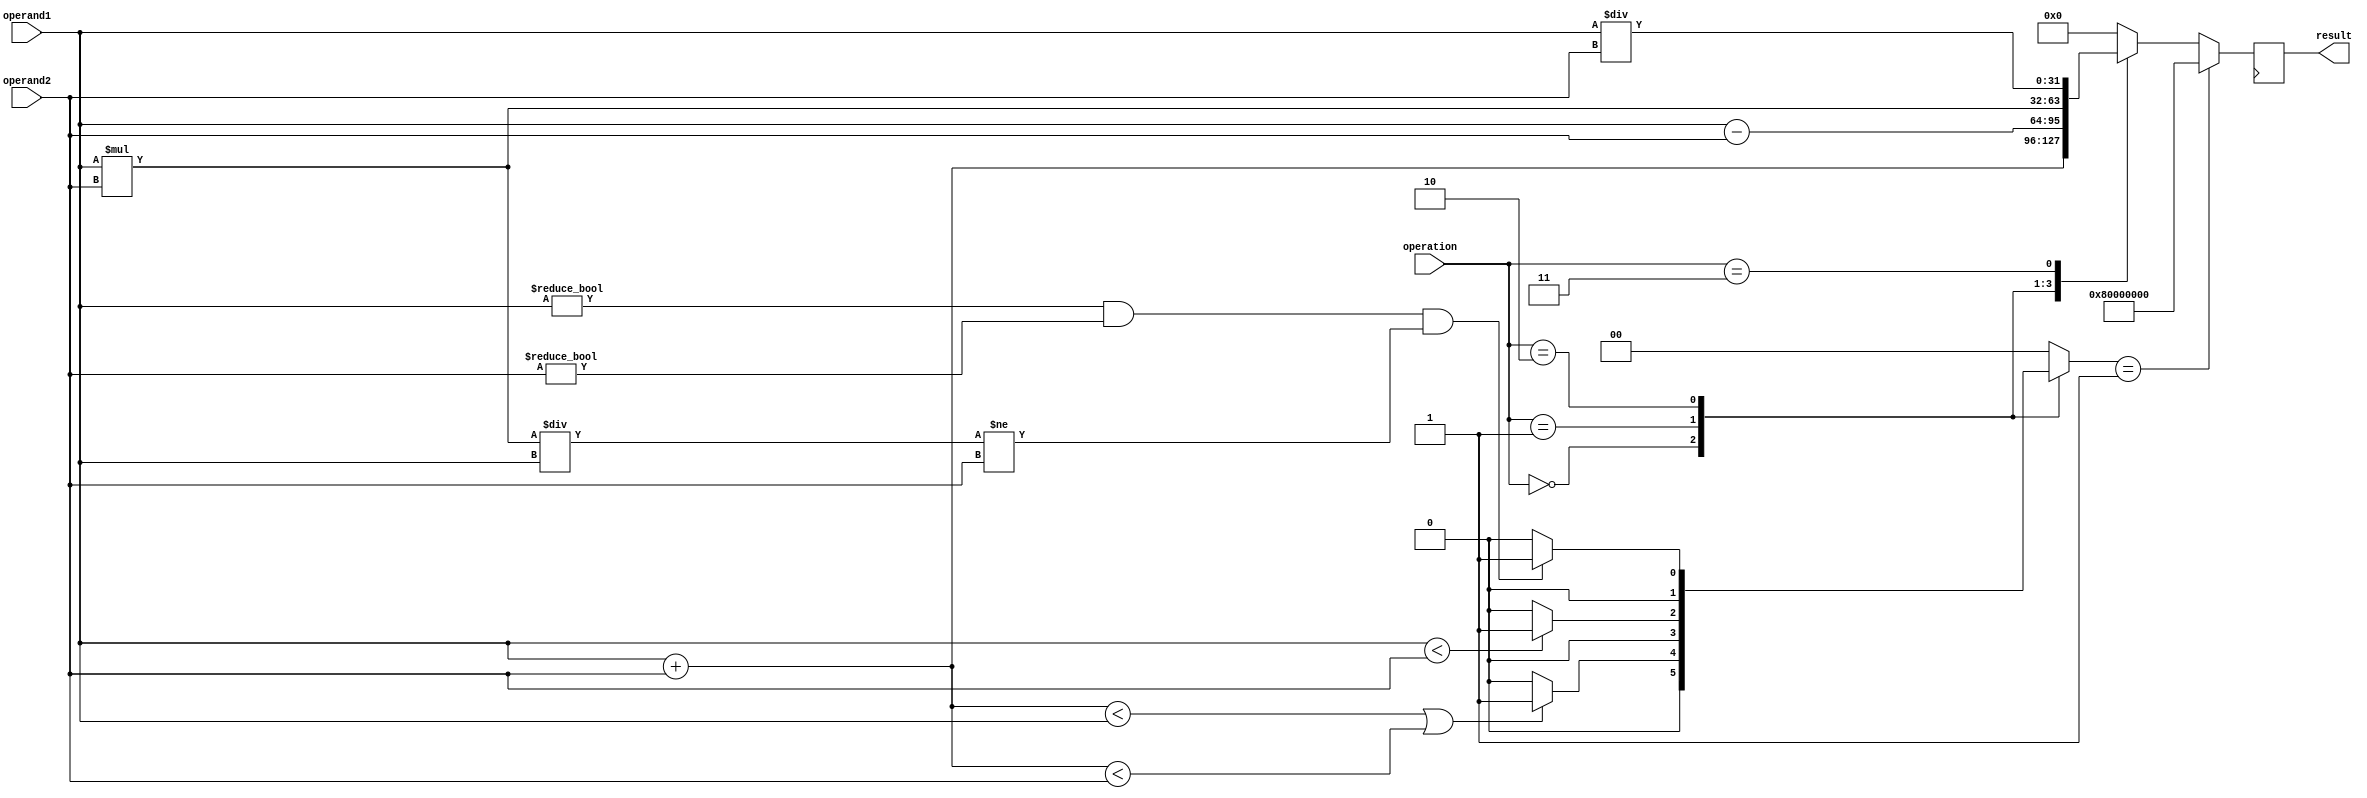
module FixedFloatingPointUnit (
    input wire [31:0] operand1, // input operand 1
    input wire [31:0] operand2, // input operand 2
    input wire [2:0] operation, // control signal for selecting operation
    output reg [31:0] result // output result
);

reg [31:0] temp_result;
reg [1:0] overflow;

always @ (operand1, operand2, operation) begin
    overflow <= 2'b0;

    case(operation)
        3'h0: begin // addition
            temp_result = operand1 + operand2;
            if(temp_result < operand1 || temp_result < operand2) overflow <= 2'b1;
        end
        3'h1: begin // subtraction
            temp_result = operand1 - operand2;
            if(operand1 < operand2) overflow <= 2'b1;
        end
        3'h2: begin // multiplication
            temp_result = operand1 * operand2;
            if(operand1 != 0 && operand2 != 0 && temp_result / operand1 != operand2) overflow <= 2'b1;
        end
        3'h3: begin // division
            temp_result = operand1 / operand2;
        end
        default: temp_result = 0; // default case
    endcase
end

always @ (posedge clk) begin
    if(overflow == 2'b1) result <= 32'h80000000; // handle overflow condition by assigning minimum value
    else result <= temp_result;
end

endmodule